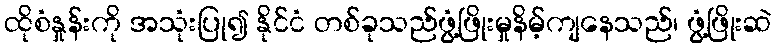
ထိုစံနှုန်းကို အသုံးပြု၍ နိုင်ငံ တစ်ခုသည်ဖွံ့ဖြိုးမှုနိမ့်ကျနေသည်၊ ဖွံ့ဖြိုးဆဲ